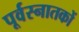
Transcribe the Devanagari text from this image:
पूर्वस्नातकों